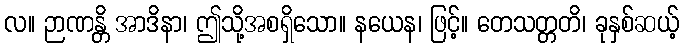
လ။ ဉာဏန္တိ အာဒိနာ၊ ဤသို့အစရှိသော။ နယေန၊ ဖြင့်။ တေသတ္တတိ၊ ခုနှစ်ဆယ့်